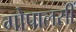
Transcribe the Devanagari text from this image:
गोपालसीं